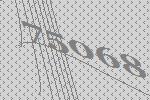
75068